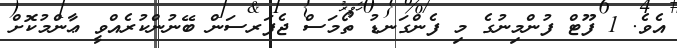
އެވެ. 1 ފޫޓް ފުންމިނުގެ މި ފެންގަނޑު ތޯމަސް ޖެފަރސަން ބޭނުންކުރެއްވީ ޢާންމުކޮށް